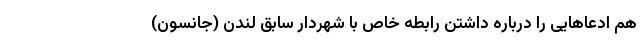
هم ادعاهایی را درباره داشتن رابطه خاص با شهردار سابق لندن (جانسون)